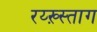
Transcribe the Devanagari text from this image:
रय्ख़्स्ताग